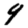
Digit: 9